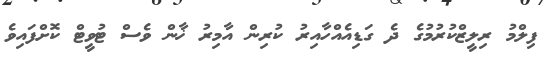
ފިލްމު ރިލީޒްކުރުމުގެ ދެ ގަޑިއެއްހާއިރު ކުރިން އާމިރު ޚާން ވެސް ޓުވީޓް ކޮށްފައިވެ